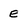
Character: E